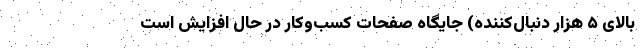
بالای ۵ هزار دنبال‌کننده) جایگاه صفحات کسب‌وکار در حال افزایش است